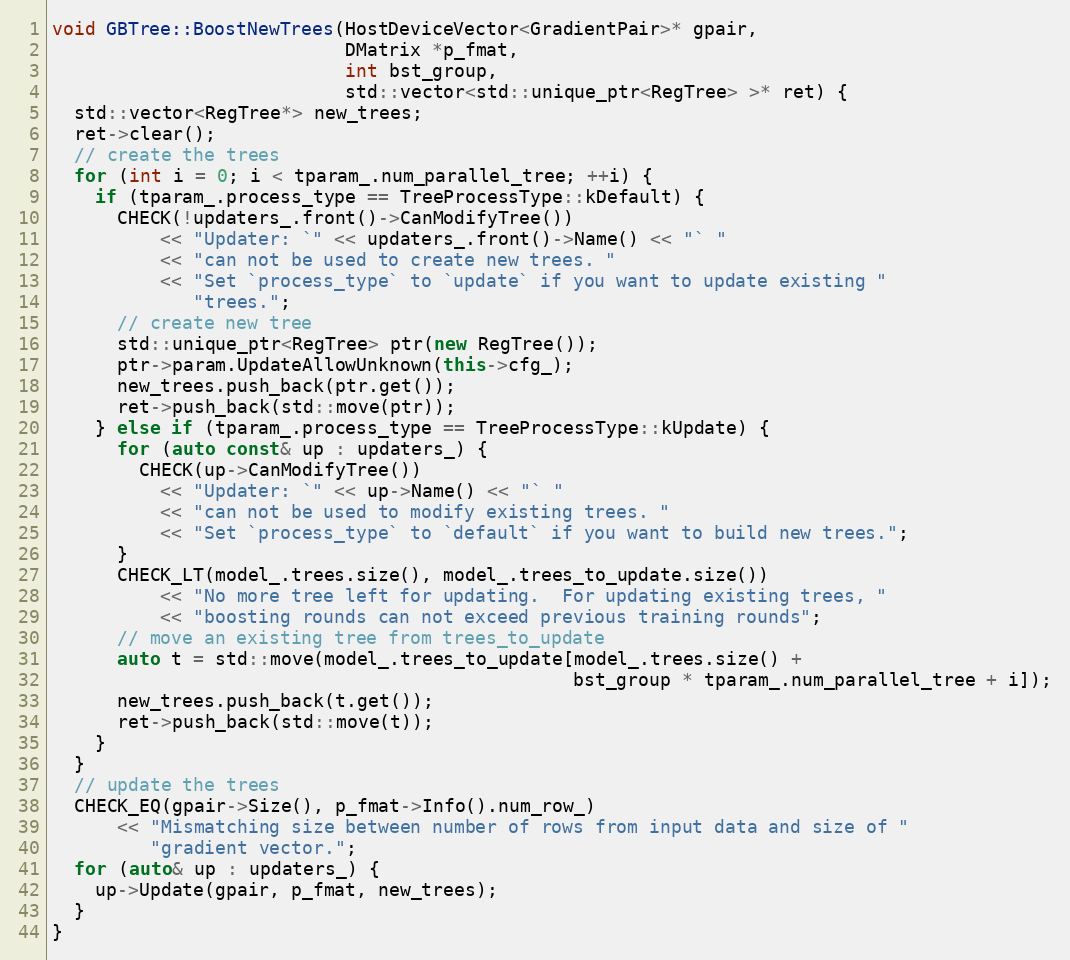
Language: C++
void GBTree::BoostNewTrees(HostDeviceVector<GradientPair>* gpair,
                           DMatrix *p_fmat,
                           int bst_group,
                           std::vector<std::unique_ptr<RegTree> >* ret) {
  std::vector<RegTree*> new_trees;
  ret->clear();
  // create the trees
  for (int i = 0; i < tparam_.num_parallel_tree; ++i) {
    if (tparam_.process_type == TreeProcessType::kDefault) {
      CHECK(!updaters_.front()->CanModifyTree())
          << "Updater: `" << updaters_.front()->Name() << "` "
          << "can not be used to create new trees. "
          << "Set `process_type` to `update` if you want to update existing "
             "trees.";
      // create new tree
      std::unique_ptr<RegTree> ptr(new RegTree());
      ptr->param.UpdateAllowUnknown(this->cfg_);
      new_trees.push_back(ptr.get());
      ret->push_back(std::move(ptr));
    } else if (tparam_.process_type == TreeProcessType::kUpdate) {
      for (auto const& up : updaters_) {
        CHECK(up->CanModifyTree())
          << "Updater: `" << up->Name() << "` "
          << "can not be used to modify existing trees. "
          << "Set `process_type` to `default` if you want to build new trees.";
      }
      CHECK_LT(model_.trees.size(), model_.trees_to_update.size())
          << "No more tree left for updating.  For updating existing trees, "
          << "boosting rounds can not exceed previous training rounds";
      // move an existing tree from trees_to_update
      auto t = std::move(model_.trees_to_update[model_.trees.size() +
                                                bst_group * tparam_.num_parallel_tree + i]);
      new_trees.push_back(t.get());
      ret->push_back(std::move(t));
    }
  }
  // update the trees
  CHECK_EQ(gpair->Size(), p_fmat->Info().num_row_)
      << "Mismatching size between number of rows from input data and size of "
         "gradient vector.";
  for (auto& up : updaters_) {
    up->Update(gpair, p_fmat, new_trees);
  }
}